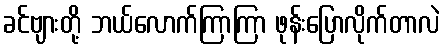
ခင်ဗျားတို့ ဘယ်လောက်ကြာကြာ ဖုန်းပြောလိုက်တာလဲ